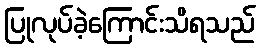
ပြုလုပ်ခဲ့ကြောင်းသိရသည်